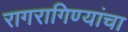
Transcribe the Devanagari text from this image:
रागरागिण्यांचा